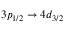
3 p _ { 1 / 2 } \rightarrow 4 d _ { 3 / 2 }